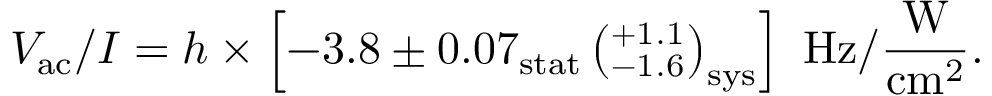
V _ { \mathrm { a c } } / I = h \times \left[ - 3 . 8 \pm 0 . 0 7 _ { \mathrm { s t a t } } \left( ^ { + 1 . 1 } _ { - 1 . 6 } \right) _ { \mathrm { s y s } } \right] ~ \mathrm { H z / \frac { W } { c m ^ { 2 } } } .